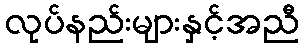
လုပ်နည်းများနှင့်အညီ